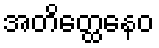
အတိတ္ထေနေဝ